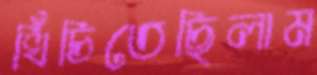
খিঁচিতেছিলাম